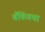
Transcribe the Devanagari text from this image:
बँकिंगचा